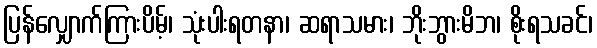
ပြန်လျှောက်ကြားပိမ့်၊ သုံးပါးရတနာ၊ ဆရာသမား၊ ဘိုးဘွားမိဘ၊ စိုးရသခင်၊